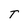
Character: T